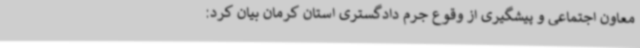
معاون اجتماعی و پیشگیری از وقوع جرم دادگستری استان کرمان بیان کرد: